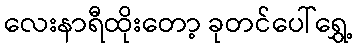
လေးနာရီထိုးတော့ ခုတင်ပေါ်ရွှေ့